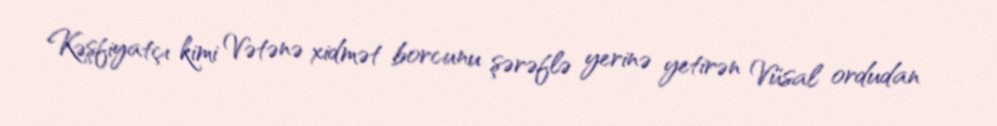
Kəşfiyatçı kimi Vətənə xidmət borcunu şərəflə yerinə yetirən Vüsal ordudan